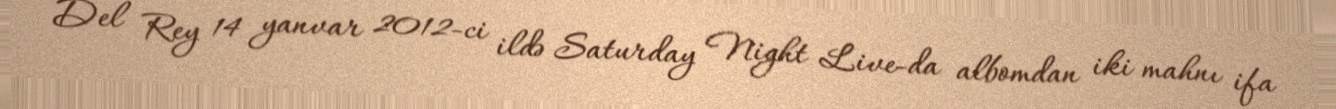
Del Rey 14 yanvar 2012-ci ildə Saturday Night Live-da albomdan iki mahnı ifa